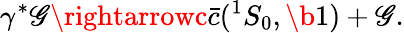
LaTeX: \gamma^{*}\mathscr{G}\rightarrowc\bar{{c}}({}^{1}S_{0},\b{{1}})+\mathscr{G}.